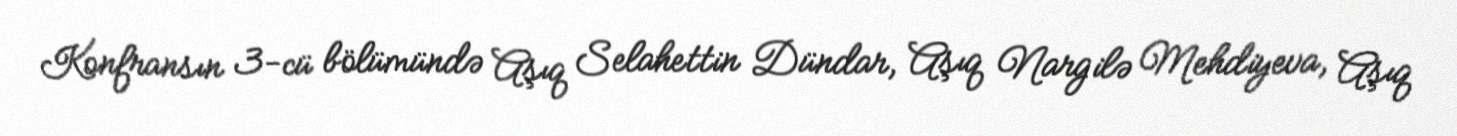
Konfransın 3-cü bölümündə Aşıq Selahettin Dündar, Aşıq Nargilə Mehdiyeva, Aşıq